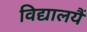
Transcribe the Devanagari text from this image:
विद्यालयैं